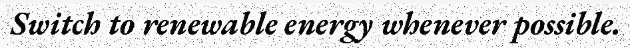
Switch to renewable energy whenever possible.